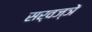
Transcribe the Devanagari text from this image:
सर्वज्ञें